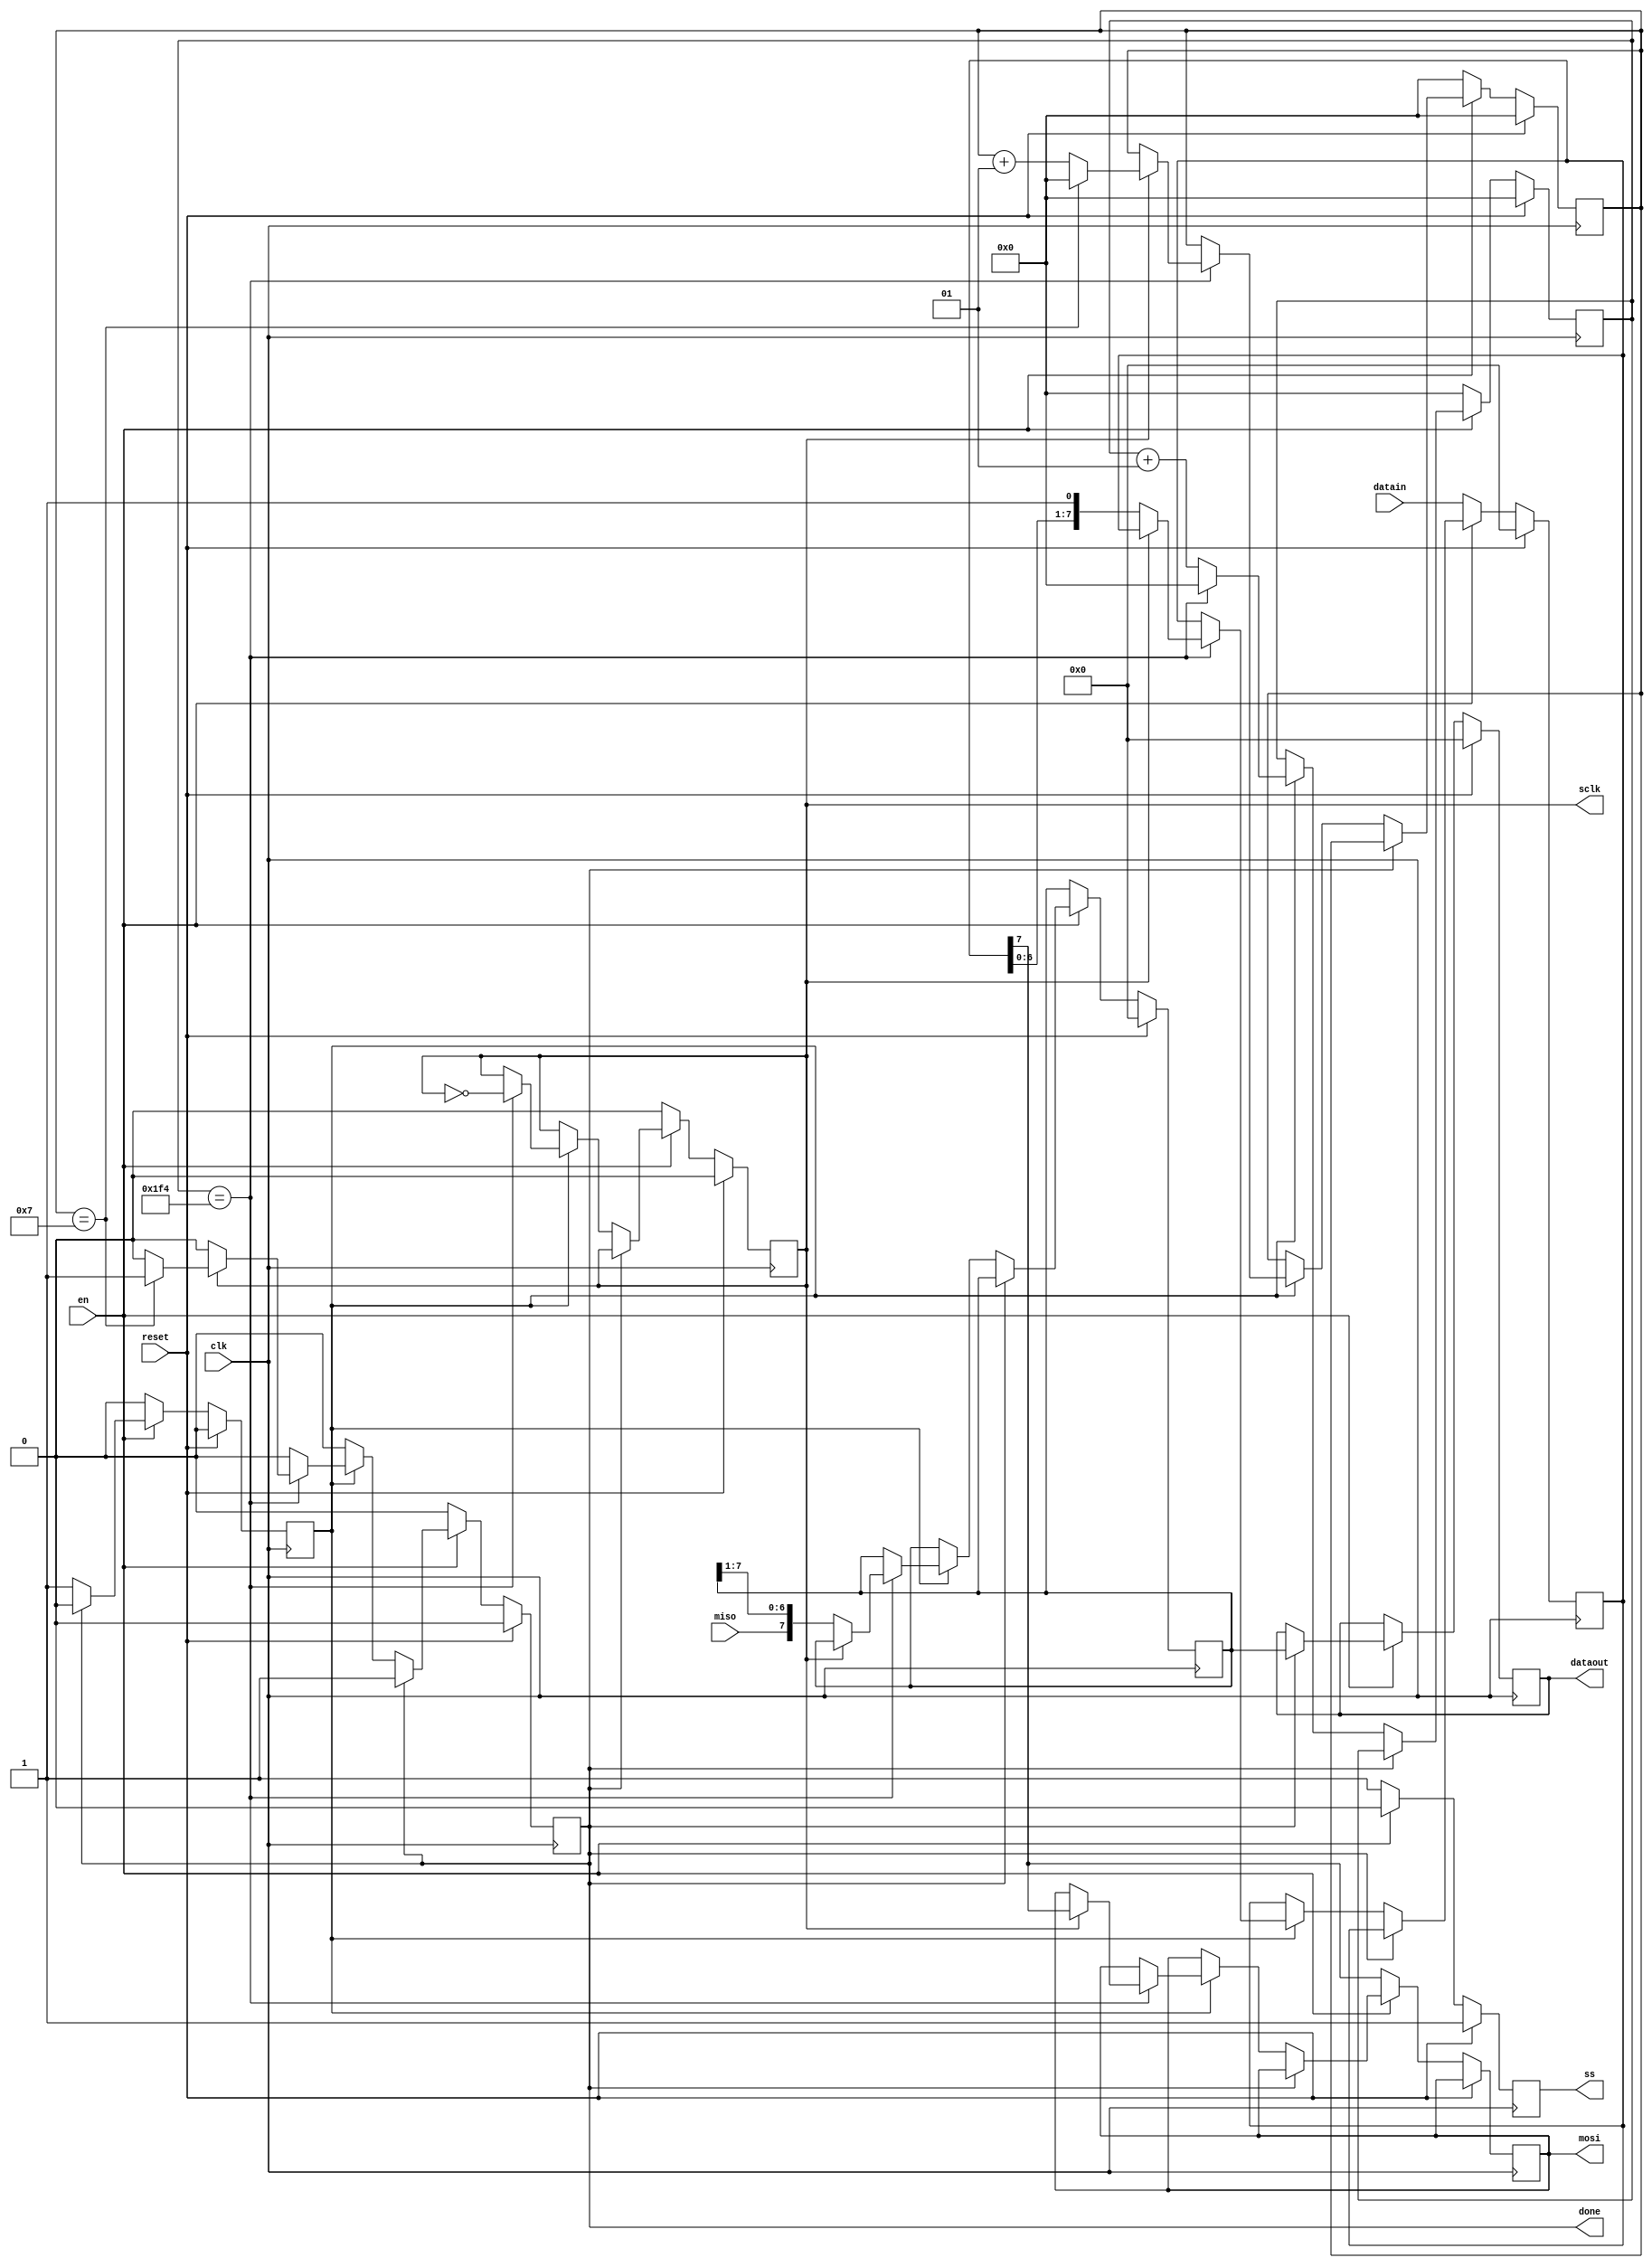
module spi_12
	#(parameter N=8,
	parameter tope=500)	
	( 
	input [N-1:0] datain,
	input en,
	input reset,
	input clk,
	input miso,
	output reg [N-1:0] dataout,
	output reg done,
	output reg mosi,
	output reg ss,
	output reg sclk
	);
integer countd=0;
integer div=0;
reg [N-1:0] datase=0;
reg [N-1:0] datare=0;
reg run=0;
always @(posedge clk)
begin
	if(reset)
		begin
		countd<=0;
		sclk<=0;
		run<=0;
		div<=0;
		ss<=1;
		done<=0;
		dataout<=0;
		datase<=0;
		datare<=0;
		end
	else if(en)
		begin
		run<=1;
		ss<=0;
		if(done)
			begin
			run<=0;
			dataout<=datare;
		end
		else if(run)
			if(div==tope)
				begin
				sclk<=~sclk;
				div<=0;
					if(sclk)
						begin
						countd<=countd+1;
						mosi<=datase[N-1];
						if(countd==7)
							begin
							countd<=0;
							done<=1;
							end
						end
					else if(~sclk)
						begin
						datare<={miso,datare[N-1:1]};
						datase<={datase[N-2:0],1'b1};
						end
				end		
			else
				div<=div+1;
		end
	else if(~en)
		begin
		countd<=0;
		sclk<=0;
		run<=0;
		div<=0;
		ss<=1;
		done<=0;
		datase<=datain;
		mosi<=datase[N-1];
		end
end
endmodule